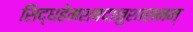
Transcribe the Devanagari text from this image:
सिद्धहेमशबदानुशासनम्